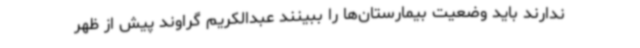
ندارند باید وضعیت بیمارستان‌ها را ببینند عبدالکریم گراوند پیش از ظهر